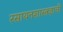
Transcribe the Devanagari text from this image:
रसायनशास्त्रज्ञाची